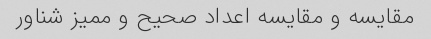
مقایسه و مقایسه اعداد صحیح و ممیز شناور